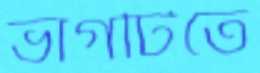
ভাগটিতে